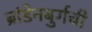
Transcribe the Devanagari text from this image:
ब्रांडेनबुर्गची